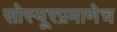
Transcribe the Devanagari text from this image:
सोस्यूरप्रमाणेच